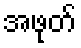
အဖုတ်